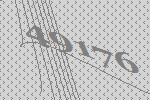
49176